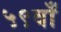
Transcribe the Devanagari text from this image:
५९वाँ